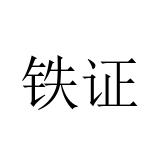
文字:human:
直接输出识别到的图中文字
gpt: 铁证